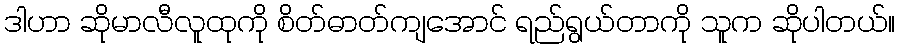
ဒါဟာ ဆိုမာလီလူထုကို စိတ်ဓာတ်ကျအောင် ရည်ရွယ်တာကို သူက ဆိုပါတယ်။